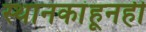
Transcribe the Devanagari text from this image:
स्थानकांहूनही